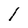
Character: l